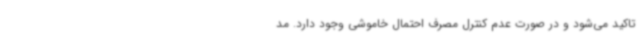
تاکید می‌شود و در صورت عدم کنترل مصرف احتمال خاموشی وجود دارد. مد